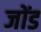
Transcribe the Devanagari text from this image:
जोंड